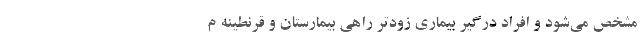
مشخص می‌شود و افراد درگیر بیماری زودتر راهی بیمارستان و قرنطینه م